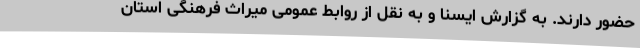
حضور دارند. به گزارش ایسنا و به نقل از روابط عمومی میراث فرهنگی استان